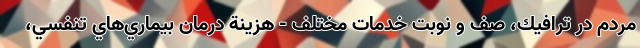
مردم در ترافيك، صف و نوبت خدمات مختلف - هزينة درمان بيماري‌هاي تنفسي،